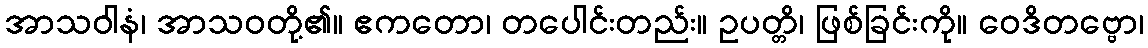
အာသဝါနံ၊ အာသဝတို့၏။ ဧကတော၊ တပေါင်းတည်း။ ဥပတ္တိ၊ ဖြစ်ခြင်းကို။ ဝေဒိတဗ္ဗော၊